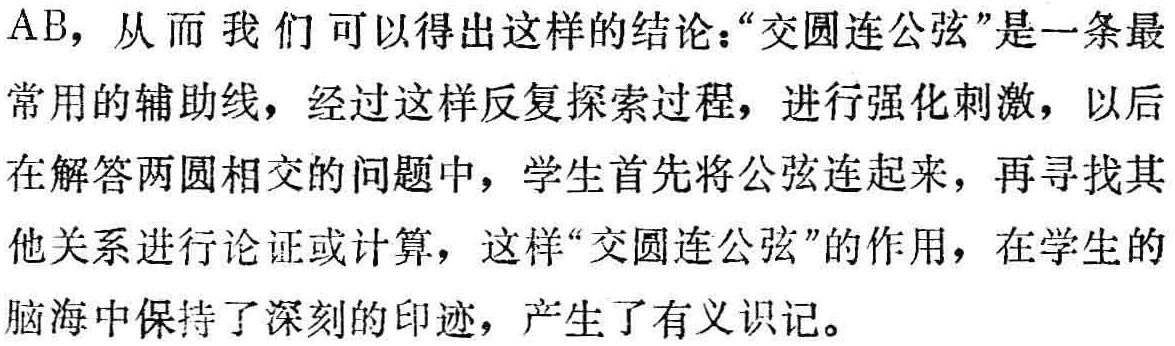
AB，从而我们可以得出这样的结论：“交圆连公弦”是一条最常用的辅助线，经过这样反复探索过程，进行强化刺激，以后在解答两圆相交的问题中，学生首先将公弦连起来，再寻找其他关系进行论证或计算，这样“交圆连公弦”的作用，在学生的脑海中保持了深刻的印迹，产生了有义识记。